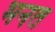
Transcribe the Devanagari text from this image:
भनत